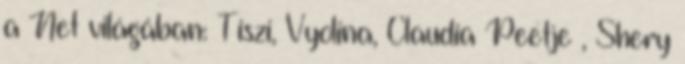
a Net világában: Tiszi, Vyolina, Claudia Peetje , Shery